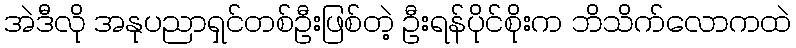
အဲဒီလို အနုပညာရှင်တစ်ဦးဖြစ်တဲ့ ဦးရန်ပိုင်စိုးက ဘိသိက်လောကထဲ